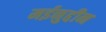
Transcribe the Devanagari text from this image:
मईनुद्दीन